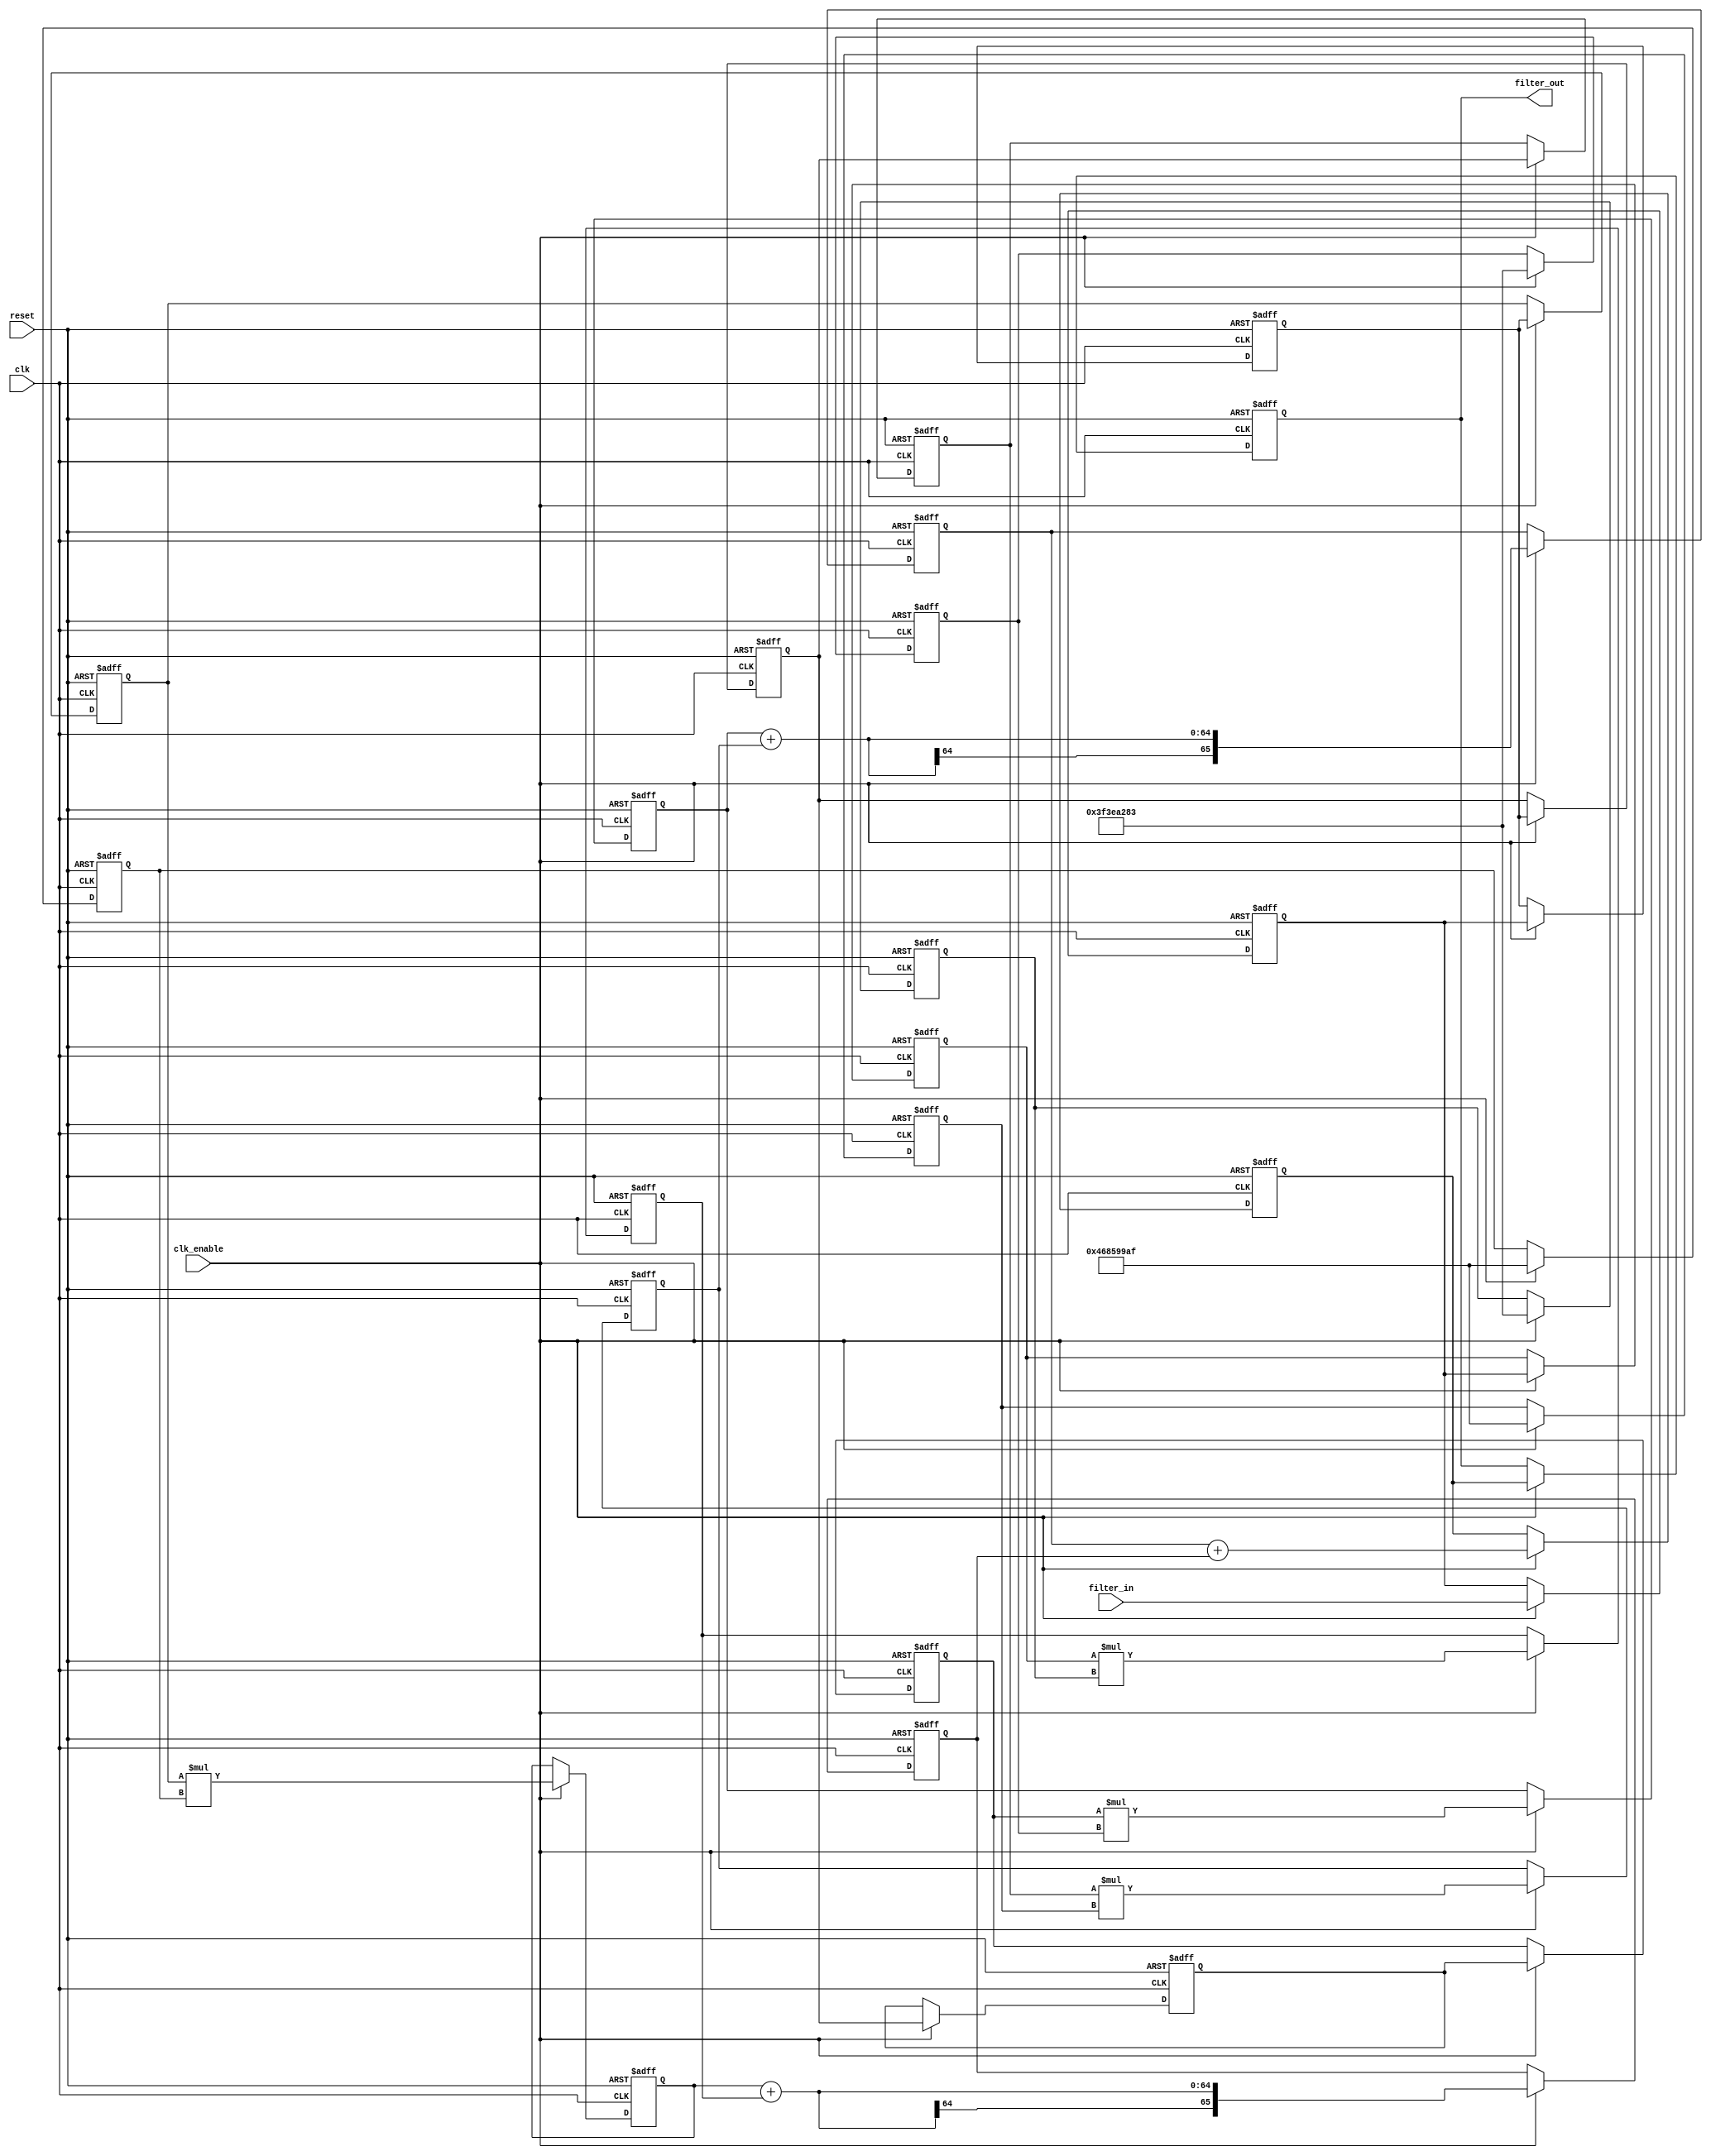
// -------------------------------------------------------------
//
// Module: fir_min_32b_1p
// Generated by MATLAB(R) 9.12 and Filter Design HDL Coder 3.1.11.
// Generated on: 2023-06-27 19:33:16
// -------------------------------------------------------------

// -------------------------------------------------------------
// HDL Code Generation Options:
//
// FIRAdderStyle: tree
// MultiplierInputPipeline: 1
// MultiplierOutputPipeline: 1
// OptimizeForHDL: on
// TargetDirectory: W:\Nikos\UTh\ \Project\FIR_Minimum_Order\multiplier_1_pipeline\32b_floating_point
// AddPipelineRegisters: on
// Name: fir_min_32b_1p
// InputDataType: numerictype(1,32,0)
// TargetLanguage: Verilog
// TestBenchName: fir_min_32b_1p_tb
// TestBenchStimulus: impulse step ramp chirp noise 

// Filter Specifications:
//
// Sample Rate     : 46 kHz
// Response        : Lowpass
// Specification   : N,Fp,Fst,Ap
// Stopband Edge   : 9.6 kHz
// Passband Ripple : 60 dB
// Filter Order    : 3
// Passband Edge   : 8 kHz
// -------------------------------------------------------------

// -------------------------------------------------------------
// HDL Implementation    : Fully parallel
// Folding Factor        : 1
// -------------------------------------------------------------
// Filter Settings:
//
// Discrete-Time FIR Filter (real)
// -------------------------------
// Filter Structure  : Direct-Form FIR
// Filter Length     : 4
// Stable            : Yes
// Linear Phase      : Yes (Type 2)
// Arithmetic        : fixed
// Numerator         : s32,40 -> [-1.953125e-03 1.953125e-03)
// -------------------------------------------------------------




`timescale 1 ns / 1 ns

module fir_min_32b_1p
               (
                clk,
                clk_enable,
                reset,
                filter_in,
                filter_out
                );

  input   clk; 
  input   clk_enable; 
  input   reset; 
  input   signed [31:0] filter_in; //sfix32
  output  signed [65:0] filter_out; //sfix66_En40

////////////////////////////////////////////////////////////////
//Module Architecture: fir_min_32b_1p
////////////////////////////////////////////////////////////////
  // Local Functions
  // Type Definitions
  // Constants
  parameter signed [31:0] coeff1 = 32'h3F3EA283; //sfix32_En40
  parameter signed [31:0] coeff2 = 32'h468599AF; //sfix32_En40
  parameter signed [31:0] coeff3 = 32'h468599AF; //sfix32_En40
  parameter signed [31:0] coeff4 = 32'h3F3EA283; //sfix32_En40

  // Signals
  reg  signed [31:0] delay_pipeline [0:3] ; // sfix32
  wire signed [63:0] product4; // sfix64_En40
  reg  signed [31:0] delay_pipeline_3_under_pipe; // sfix32
  reg  signed [31:0] coeff4_pipe; // sfix32_En40
  reg  signed [63:0] product4_pipe; // sfix64_En40
  wire signed [63:0] product3; // sfix64_En40
  reg  signed [31:0] delay_pipeline_2_under_pipe; // sfix32
  reg  signed [31:0] coeff3_pipe; // sfix32_En40
  reg  signed [63:0] product3_pipe; // sfix64_En40
  wire signed [63:0] product2; // sfix64_En40
  reg  signed [31:0] delay_pipeline_1_under_pipe; // sfix32
  reg  signed [31:0] coeff2_pipe; // sfix32_En40
  reg  signed [63:0] product2_pipe; // sfix64_En40
  wire signed [63:0] product1; // sfix64_En40
  reg  signed [31:0] delay_pipeline_0_under_pipe; // sfix32
  reg  signed [31:0] coeff1_pipe; // sfix32_En40
  reg  signed [63:0] product1_pipe; // sfix64_En40
  wire signed [65:0] sum_final; // sfix66_En40
  wire signed [65:0] sum1_1; // sfix66_En40
  wire signed [63:0] add_signext; // sfix64_En40
  wire signed [63:0] add_signext_1; // sfix64_En40
  wire signed [64:0] add_temp; // sfix65_En40
  reg  signed [65:0] sumpipe1_1; // sfix66_En40
  wire signed [65:0] sum1_2; // sfix66_En40
  wire signed [63:0] add_signext_2; // sfix64_En40
  wire signed [63:0] add_signext_3; // sfix64_En40
  wire signed [64:0] add_temp_1; // sfix65_En40
  reg  signed [65:0] sumpipe1_2; // sfix66_En40
  wire signed [65:0] sum2_1; // sfix66_En40
  wire signed [65:0] add_signext_4; // sfix66_En40
  wire signed [65:0] add_signext_5; // sfix66_En40
  wire signed [66:0] add_temp_2; // sfix67_En40
  reg  signed [65:0] sumpipe2_1; // sfix66_En40
  reg  signed [65:0] output_register; // sfix66_En40

  // Block Statements
  always @( posedge clk or posedge reset)
    begin: Delay_Pipeline_process
      if (reset == 1'b1) begin
        delay_pipeline[0] <= 0;
        delay_pipeline[1] <= 0;
        delay_pipeline[2] <= 0;
        delay_pipeline[3] <= 0;
      end
      else begin
        if (clk_enable == 1'b1) begin
          delay_pipeline[0] <= filter_in;
          delay_pipeline[1] <= delay_pipeline[0];
          delay_pipeline[2] <= delay_pipeline[1];
          delay_pipeline[3] <= delay_pipeline[2];
        end
      end
    end // Delay_Pipeline_process


  always @ (posedge clk or posedge reset)
    begin: temp_process1
      if (reset == 1'b1) begin
        delay_pipeline_3_under_pipe <= 0;
        coeff4_pipe <= 0;
        product4_pipe <= 0;
      end
      else begin
        if (clk_enable == 1'b1) begin
          delay_pipeline_3_under_pipe <= delay_pipeline[3];
          coeff4_pipe <= coeff4;

          product4_pipe <= delay_pipeline_3_under_pipe * coeff4_pipe;

        end
      end
    end // temp_process1

  assign product4 = product4_pipe;

  always @ (posedge clk or posedge reset)
    begin: temp_process2
      if (reset == 1'b1) begin
        delay_pipeline_2_under_pipe <= 0;
        coeff3_pipe <= 0;
        product3_pipe <= 0;
      end
      else begin
        if (clk_enable == 1'b1) begin
          delay_pipeline_2_under_pipe <= delay_pipeline[2];
          coeff3_pipe <= coeff3;

          product3_pipe <= delay_pipeline_2_under_pipe * coeff3_pipe;

        end
      end
    end // temp_process2

  assign product3 = product3_pipe;

  always @ (posedge clk or posedge reset)
    begin: temp_process3
      if (reset == 1'b1) begin
        delay_pipeline_1_under_pipe <= 0;
        coeff2_pipe <= 0;
        product2_pipe <= 0;
      end
      else begin
        if (clk_enable == 1'b1) begin
          delay_pipeline_1_under_pipe <= delay_pipeline[1];
          coeff2_pipe <= coeff2;

          product2_pipe <= delay_pipeline_1_under_pipe * coeff2_pipe;

        end
      end
    end // temp_process3

  assign product2 = product2_pipe;

  always @ (posedge clk or posedge reset)
    begin: temp_process4
      if (reset == 1'b1) begin
        delay_pipeline_0_under_pipe <= 0;
        coeff1_pipe <= 0;
        product1_pipe <= 0;
      end
      else begin
        if (clk_enable == 1'b1) begin
          delay_pipeline_0_under_pipe <= delay_pipeline[0];
          coeff1_pipe <= coeff1;

          product1_pipe <= delay_pipeline_0_under_pipe * coeff1_pipe;

        end
      end
    end // temp_process4

  assign product1 = product1_pipe;

  assign add_signext = product4;
  assign add_signext_1 = product3;
  assign add_temp = add_signext + add_signext_1;
  assign sum1_1 = $signed({{1{add_temp[64]}}, add_temp});

  assign add_signext_2 = product2;
  assign add_signext_3 = product1;
  assign add_temp_1 = add_signext_2 + add_signext_3;
  assign sum1_2 = $signed({{1{add_temp_1[64]}}, add_temp_1});

  always @ (posedge clk or posedge reset)
    begin: temp_process5
      if (reset == 1'b1) begin
        sumpipe1_1 <= 0;
        sumpipe1_2 <= 0;
      end
      else begin
        if (clk_enable == 1'b1) begin
          sumpipe1_1 <= sum1_1;
          sumpipe1_2 <= sum1_2;
        end
      end
    end // temp_process5

  assign add_signext_4 = sumpipe1_1;
  assign add_signext_5 = sumpipe1_2;
  assign add_temp_2 = add_signext_4 + add_signext_5;
  assign sum2_1 = add_temp_2[65:0];

  always @ (posedge clk or posedge reset)
    begin: temp_process6
      if (reset == 1'b1) begin
        sumpipe2_1 <= 0;
      end
      else begin
        if (clk_enable == 1'b1) begin
          sumpipe2_1 <= sum2_1;
        end
      end
    end // temp_process6

  assign sum_final = sumpipe2_1;

  always @ (posedge clk or posedge reset)
    begin: Output_Register_process
      if (reset == 1'b1) begin
        output_register <= 0;
      end
      else begin
        if (clk_enable == 1'b1) begin
          output_register <= sum_final;
        end
      end
    end // Output_Register_process

  // Assignment Statements
  assign filter_out = output_register;
endmodule  // fir_min_32b_1p